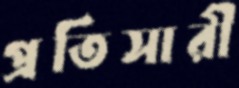
প্রতিসারী